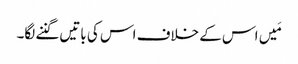
مَیں اس کے خلاف اس کی باتیں گننے لگا۔